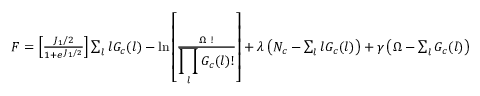
\begin{array} { r } { F = \left[ \frac { J _ { 1 } / 2 } { 1 + e ^ { J _ { 1 } / 2 } } \right] \sum _ { l } l G _ { c } ( l ) - \ln \left[ \frac { \Omega ~ ! } { \displaystyle \prod _ { l } G _ { c } ( l ) ! } \right] + \lambda \left( N _ { c } - \sum _ { l } l G _ { c } ( l ) \right) + \gamma \left( \Omega - \sum _ { l } G _ { c } ( l ) \right) } \end{array}